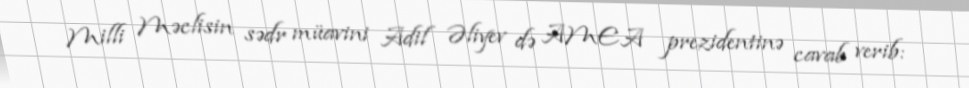
Milli Məclisin sədr müavini Adil Əliyev də AMEA prezidentinə cavab verib: